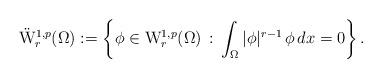
LaTeX: \begin{align*}\ddot{\mathrm{W}}^{1,p}_{r}(\Omega):=\left\{\phi\in \mathrm{W}^{1,p}_{r}(\Omega)\,:\, \int_\Omega |\phi|^{r-1}\,\phi\,dx=0\right\}.\end{align*}